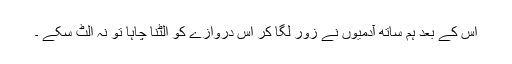
اس کے بعد ہم ساتھ آدمیوں نے زور لگا کر اس دروازے کو الٹنا چاہا تو نہ الٹ سکے ۔